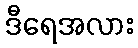
ဒီရေအလား